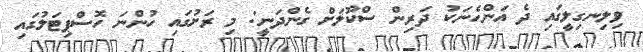
ވިލިނގިލީގައި ދެ އަންހެނަކު ދަރިން ސްކޫލަށް ގެންދަނީ: މި ރަށުގައި ހުންނަ ހޮސްޕިޓަލުގައި